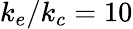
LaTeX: k_{e}/k_{c}=10